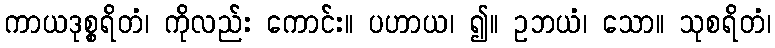
ကာယဒုစ္စရိတံ၊ ကိုလည်း ကောင်း။ ပဟာယ၊ ၍။ ဥဘယံ၊ သော။ သုစရိတံ၊